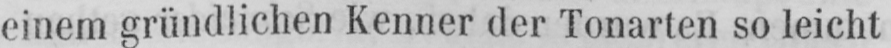
einem gründlichen Kenner der Tonarten so leicht